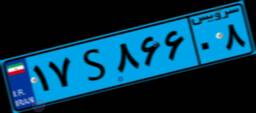
۴۲S۶۴۴۶۴